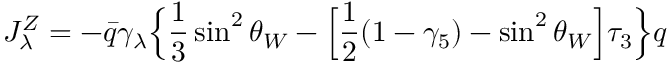
J _ { \lambda } ^ { Z } = - \bar { q } \gamma _ { \lambda } \Bigl \{ \frac { 1 } { 3 } \sin ^ { 2 } \theta _ { W } - \Bigl [ \frac { 1 } { 2 } ( 1 - \gamma _ { 5 } ) - \sin ^ { 2 } \theta _ { W } \Bigr ] \tau _ { 3 } \Bigr \} q